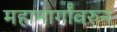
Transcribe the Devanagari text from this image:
महामार्गांवरुन